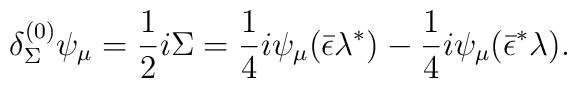
{\delta^{(0)}_\Sigma\psi_\mu= {1\over 2} i \Sigma = {1\over 4} i\psi_\mu(\bar\epsilon \lambda^*)  - {1\over 4} i\psi_\mu (\bar\epsilon^* \lambda) .}